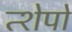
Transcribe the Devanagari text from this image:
त्शेपो